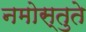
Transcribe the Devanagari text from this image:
नमोस्तुते